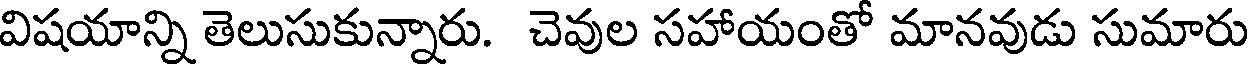
విషయాన్ని తెలుసుకున్నారు. చెవుల సహాయంతో మానవుడు సుమారు